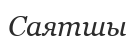
Саятшы